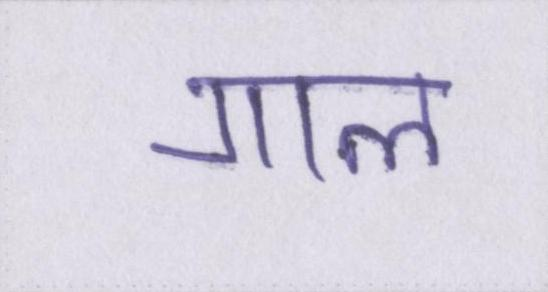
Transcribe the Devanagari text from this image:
गाल